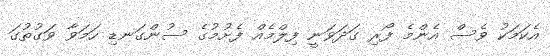
އެކަމަކު ވެސް އެންމެ ފޯރި ގަދަވަނީ ފިލްމެއް ފެށުމުގެ ސުންގަނޑި ހަމަވާ ވަގުތުގަ